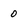
Character: 0